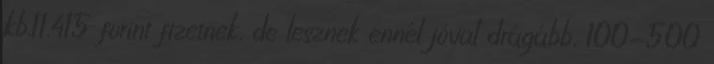
kb.11.415 forint fizetnek, de lesznek ennél jóval drágább, 100-500